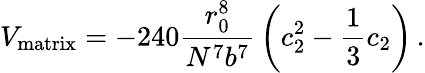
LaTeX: V_{\mathrm{matrix}}=-240{\frac{r_{0}^{8}}{N^{7}b^{7}}}\left(c_{2}^{2}-{\frac{1}{3}}c_{2}\right)\, .